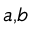
^ { a , b }